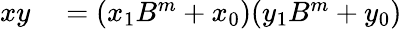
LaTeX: \begin{array}{rl}{xy}&{{}=(x_{1}B^{m}+x_{0})(y_{1}B^{m}+y_{0})}\end{array}